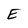
Character: E